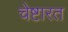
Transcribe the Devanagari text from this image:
चेष्टारत